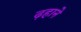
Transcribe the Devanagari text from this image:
ढ़हाने